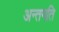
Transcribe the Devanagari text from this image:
अन्तगति